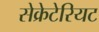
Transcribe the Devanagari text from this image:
सेक्रेटेरियट